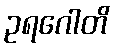
ဥရဂေါတိ